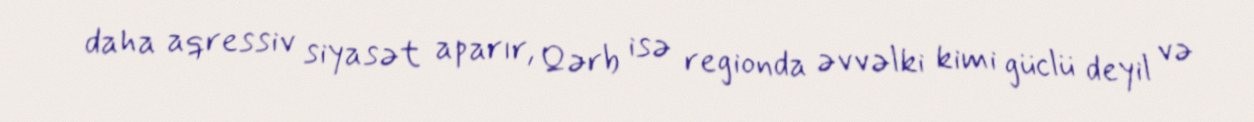
daha aqressiv siyasət aparır, Qərb isə regionda əvvəlki kimi güclü deyil və